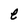
Character: e